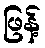
ဖြန့်